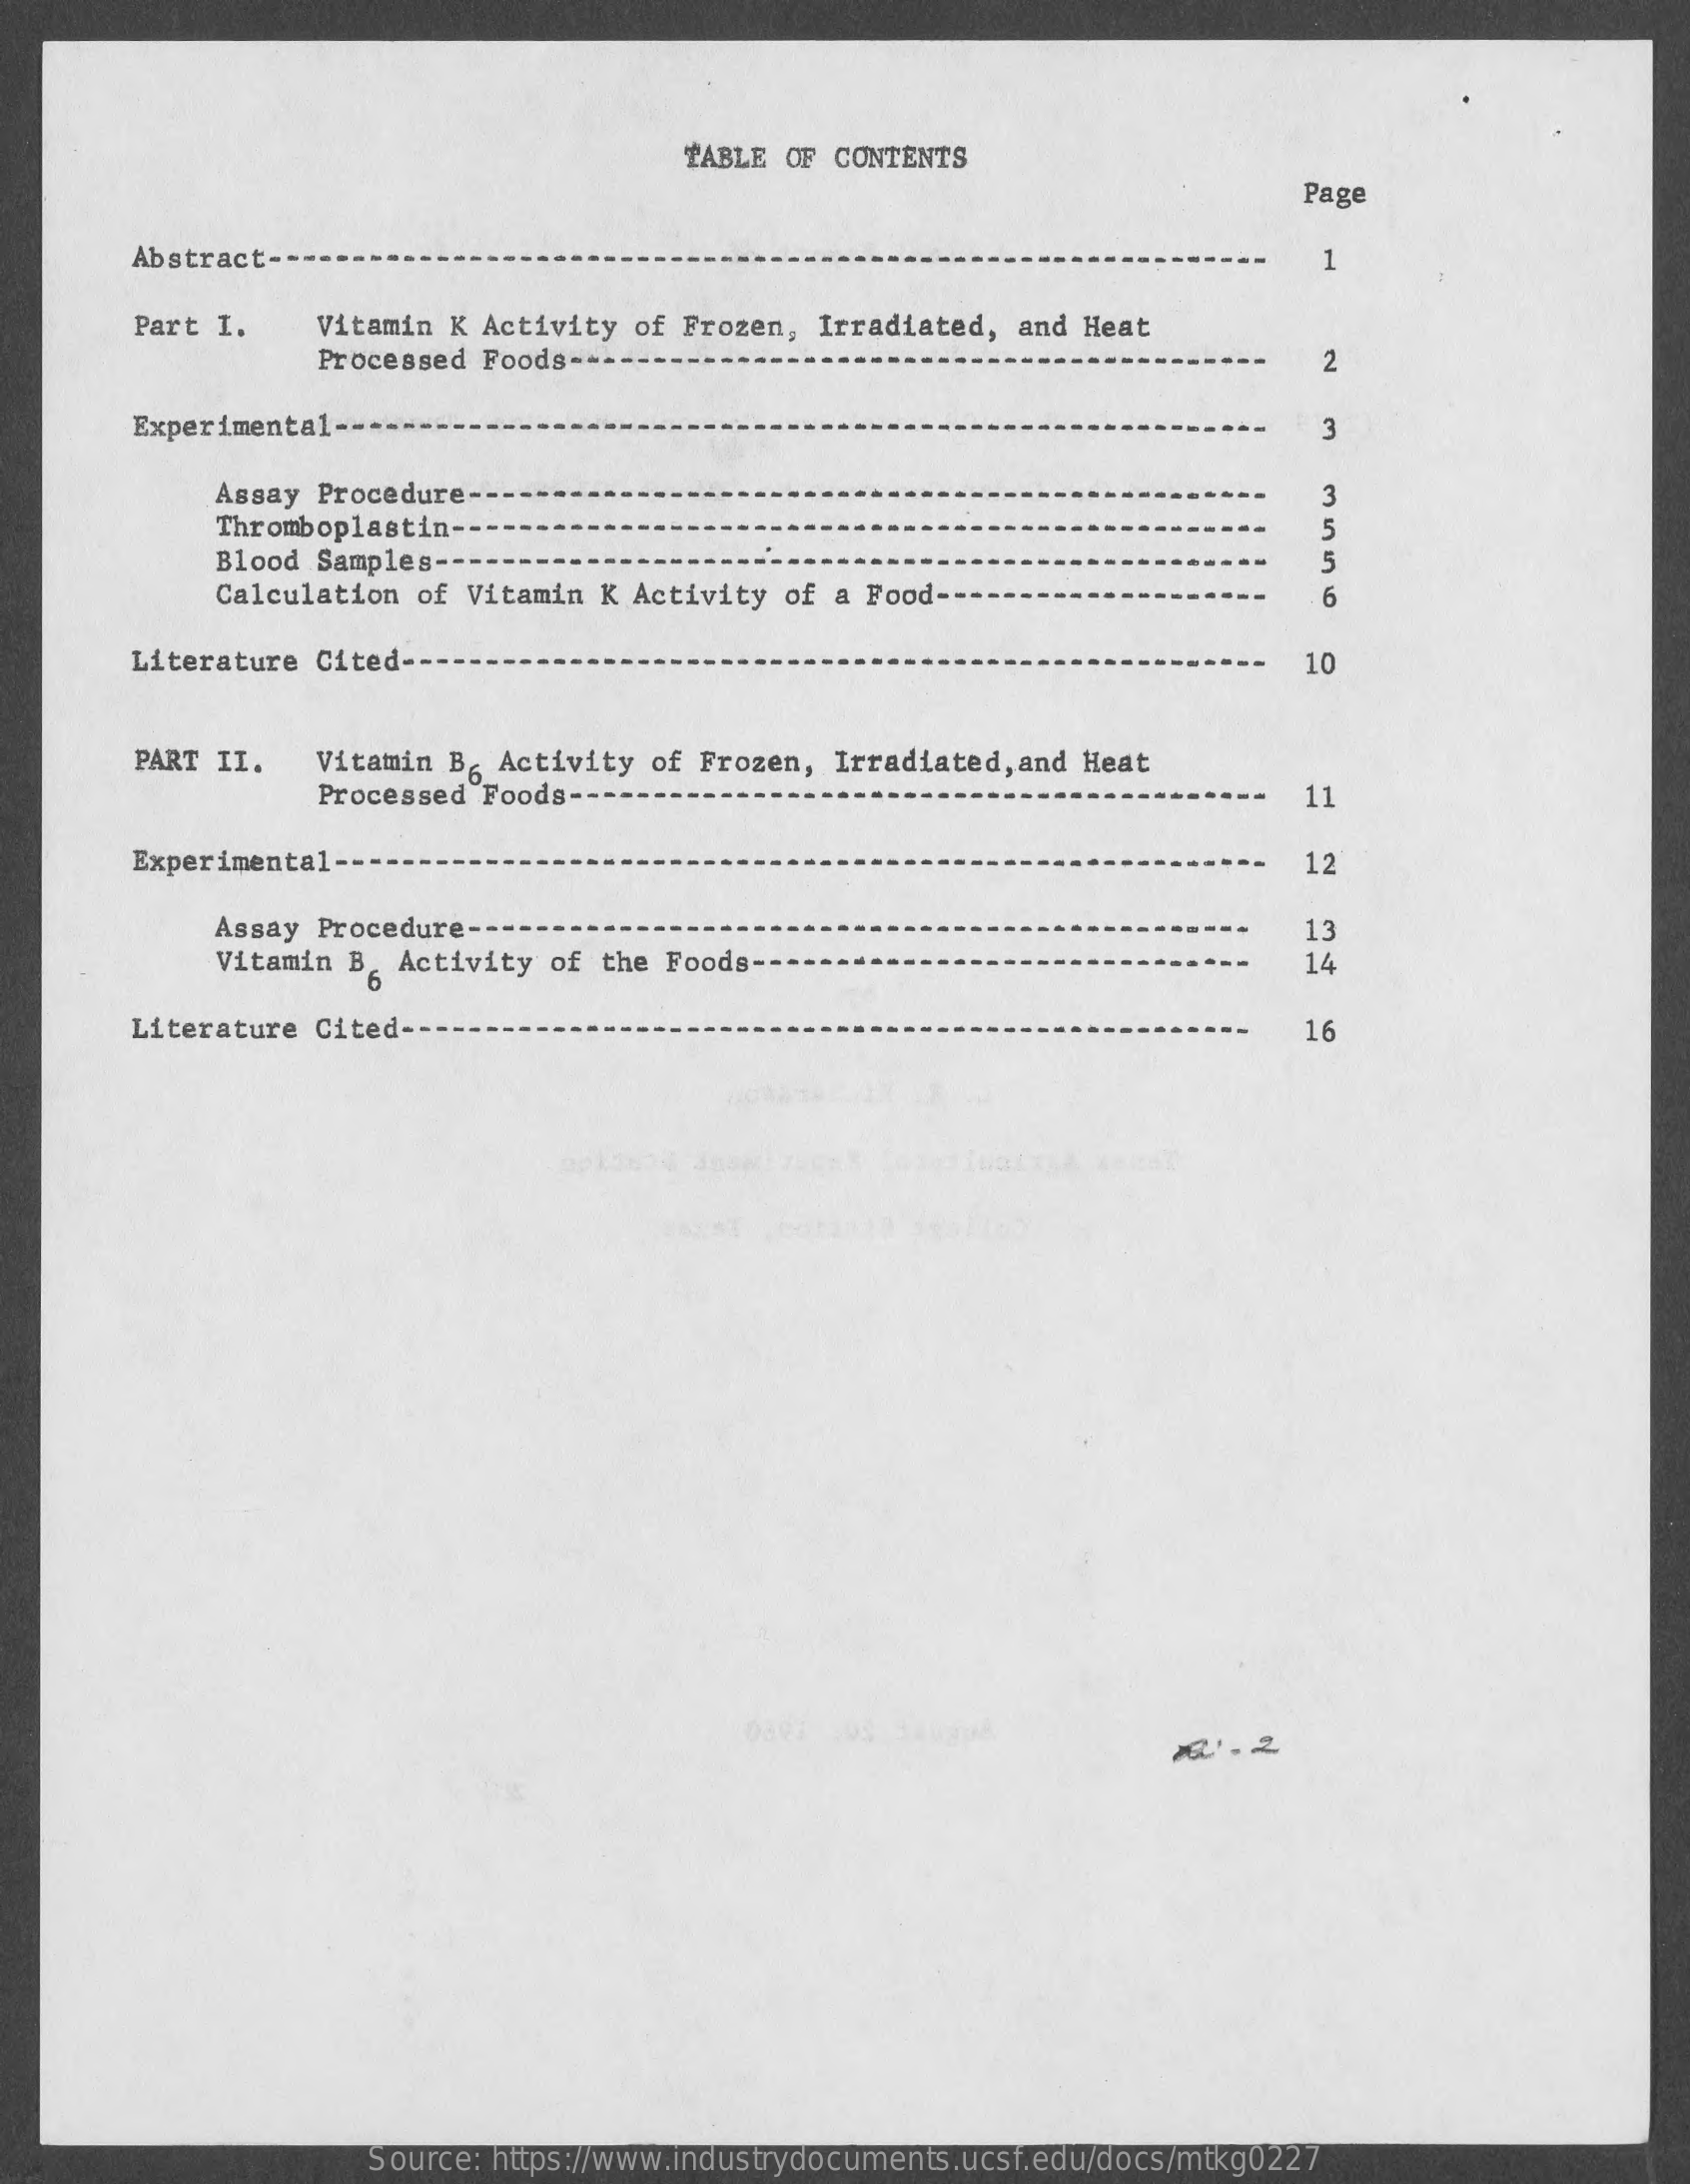
TABLE OF CONTENTS
     Page
     Abstract-    1
     Part I.    Vitamin K Activity of Frozen,  Irradiated, and Heat
     Processed Foods ----    2
     Experimental-    3
     Assay Procedure --
     Thromboplastin --
     Blood Samples ---    5
     Calculation  of Vitamin K Activity  of a Food-    6
     Literature  Cited ---    10
     PART II.   Vitamin B. Activity of Frozen,  Irradiated, and Heat
     Processed Foods ---    11
     Experimental ---    12
     Assay Procedure --
     Vitamin B. Activity of the Foods-
     13
     14
     Literature  Cited ---    16
     Source: https://www.industrydocuments.ucsf.edu/docs/mtkg0227